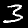
Label: 3